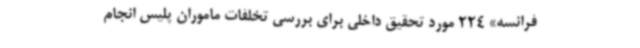
فرانسه» 224 مورد تحقیق داخلی برای بررسی تخلفات ماموران پلیس انجام